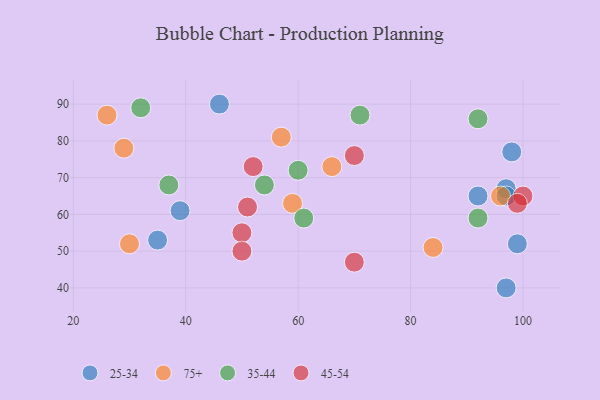
{"axis": {"x": "GDP", "y": "Life Expectancy"}, "legend": ["25-34", "35-44", "45-54", "75+"], "data": [{"x": "99", "y": 52, "type": "25-34"}, {"x": "92", "y": 65, "type": "25-34"}, {"x": "98", "y": 77, "type": "25-34"}, {"x": "97", "y": 40, "type": "25-34"}, {"x": "97", "y": 67, "type": "25-34"}, {"x": "97", "y": 65, "type": "25-34"}, {"x": "35", "y": 53, "type": "25-34"}, {"x": "46", "y": 90, "type": "25-34"}, {"x": "39", "y": 61, "type": "25-34"}, {"x": "84", "y": 51, "type": "75+"}, {"x": "26", "y": 87, "type": "75+"}, {"x": "30", "y": 52, "type": "75+"}, {"x": "66", "y": 73, "type": "75+"}, {"x": "96", "y": 65, "type": "75+"}, {"x": "29", "y": 78, "type": "75+"}, {"x": "59", "y": 63, "type": "75+"}, {"x": "57", "y": 81, "type": "75+"}, {"x": "32", "y": 89, "type": "35-44"}, {"x": "54", "y": 68, "type": "35-44"}, {"x": "60", "y": 72, "type": "35-44"}, {"x": "37", "y": 68, "type": "35-44"}, {"x": "61", "y": 59, "type": "35-44"}, {"x": "71", "y": 87, "type": "35-44"}, {"x": "92", "y": 86, "type": "35-44"}, {"x": "92", "y": 59, "type": "35-44"}, {"x": "52", "y": 73, "type": "45-54"}, {"x": "70", "y": 76, "type": "45-54"}, {"x": "51", "y": 62, "type": "45-54"}, {"x": "50", "y": 55, "type": "45-54"}, {"x": "50", "y": 50, "type": "45-54"}, {"x": "100", "y": 65, "type": "45-54"}, {"x": "99", "y": 63, "type": "45-54"}, {"x": "70", "y": 47, "type": "45-54"}]}